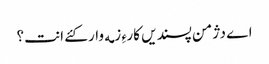
اے دژمن پسندیں کارءِ زمه وار کئے انت؟